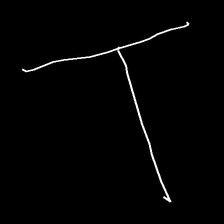
Glyph: column